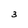
Character: 3